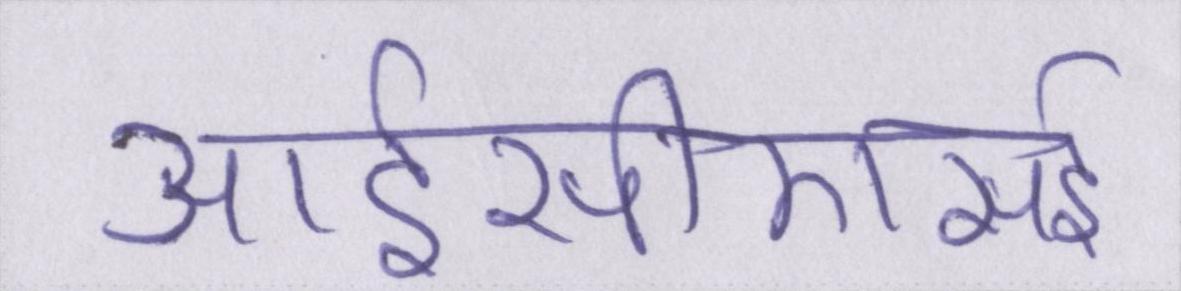
आईसीएसई